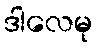
ဒါလေမု